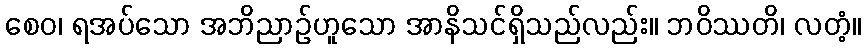
စေဝ၊ ရအပ်သော အဘိညာဉ်ဟူသော အာနိသင်ရှိသည်လည်း။ ဘဝိဿတိ၊ လတံ့။